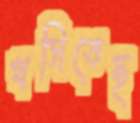
খসিতেছ